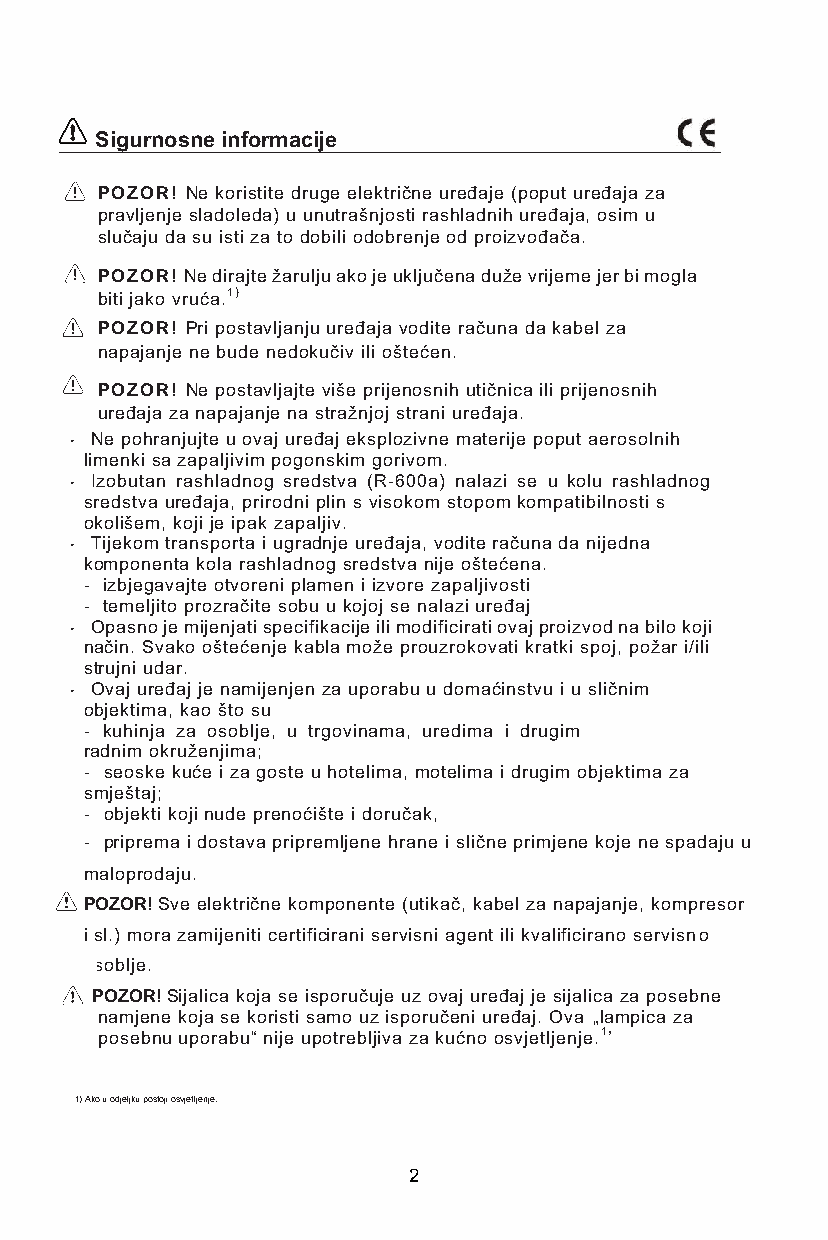
Sigurnosne informacije
 POZOR! Ne koristite druge električne uređaje (poput uređaja za
 pravljenje sladoleda) u unutrašnjosti rashladnih uređaja, osim u
 slučaju da su isti za to dobili odobrenje od proizvođača.
 POZOR! Ne dirajte žarulju ako je uključena duže vrijeme jer bi mogla
 biti jako vruća.1)
 POZOR! Pri postavljanju uređaja vodite računa da kabel za
 napajanje ne bude nedokučiv ili oštećen.
 POZOR! Ne postavljajte više prijenosnih utičnica ili prijenosnih
 uređaja za napajanje na stražnjoj strani uređaja.
 • Ne pohranjujte u ovaj uređaj eksplozivne materije poput aerosolnih
 limenki sa zapaljivim pogonskim gorivom.
 • Izobutan rashladnog sredstva (R-600a) nalazi se u kolu rashladnog
 sredstva uređaja, prirodni plin s visokom stopom kompatibilnosti s
 okolišem, koji je ipak zapaljiv.
 • Tijekom transporta i ugradnje uređaja, vodite računa da nijedna
 komponenta kola rashladnog sredstva nije oštećena.
 - izbjegavajte otvoreni plamen i izvore zapaljivosti
 - temeljito prozračite sobu u kojoj se nalazi uređaj
 • Opasno je mijenjati specifikacije ili modificirati ovaj proizvod na bilo koji
 način. Svako oštećenje kabla može prouzrokovati kratki spoj, požar i/ili
 strujni udar.
 • Ovaj uređaj je namijenjen za uporabu u domaćinstvu i u sličnim
 objektima, kao što su
 - kuhinja za osoblje, u trgovinama, uredima i drugim
 radnim okruženjima;
 - seoske kuće i za goste u hotelima, motelima i drugim objektima za
 smještaj;
 - objekti koji nude prenoćište i doručak,
 - priprema i dostava pripremljene hrane i slične primjene koje ne spadaju u
 maloprodaju.
 POZOR! Sve električne komponente (utikač, kabel za napajanje, kompresor
 i sl.) mora zamijeniti certificirani servisni agent ili kvalificirano servisn o
 osoblje.
 POZOR! Sijalica koja se isporučuje uz ovaj uređaj je sijalica za posebne
 namjene koja se koristi samo uz isporučeni uređaj. Ova „lampica za
 posebnu uporabu“ nije upotrebljiva za kućno osvjetljenje.1’
 1) Ako u odjeljku postoji osvjetljenje.
 2